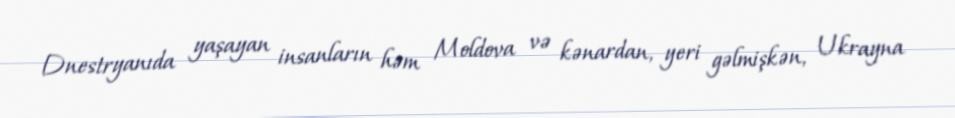
Dnestryanıda yaşayan insanların həm Moldova və kənardan, yeri gəlmişkən, Ukrayna